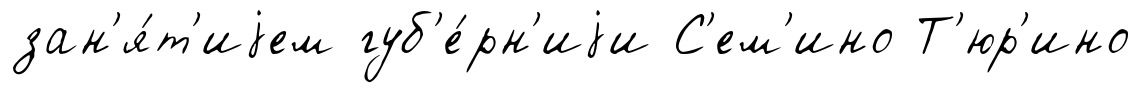
зан'я́т'иjем губ'е́рн'иjи С'ем'ино Т'юр'ино